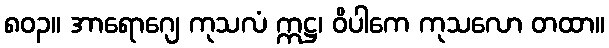
၈၀၃။ အာရောဂျေ ကုသလံ ဣဋ္ဌ၊ ဝိပါကေ ကုသလော တထာ။